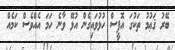
ބޭރު ޤަޢުމު ތަކުގަ އޮފީސް ހުޅުވައިގެން އުޅޭ ވާނެ ހަމަ އެއްވެސް ކަމެއް